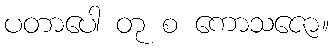
ပတာပေါ တု စ ကောသဇော။